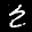
Label: 2